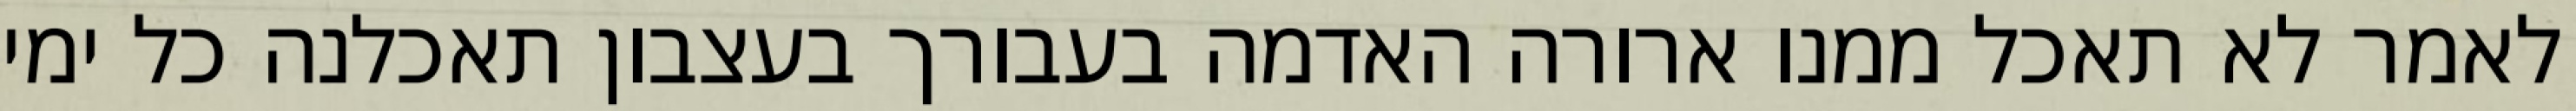
לאמר לא תאכל ממנו ארורה האדמה בעבורך בעצבון תאכלנה כל ימי